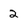
Character: 2